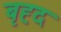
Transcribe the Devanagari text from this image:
बृह्द